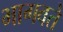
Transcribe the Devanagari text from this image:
भागवते